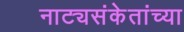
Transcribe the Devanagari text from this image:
नाट्यसंकेतांच्या